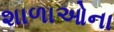
શાળાઓના